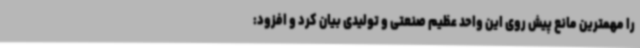
را مهمترین مانع پیش روی این واحد عظیم صنعتی و تولیدی بیان کرد و افزود: